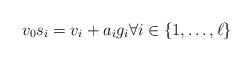
LaTeX: \begin{align*}v_0 s_i = v_i+a_i g_i \forall i \in \{1, \dots, \ell\}\end{align*}